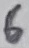
Text: 6